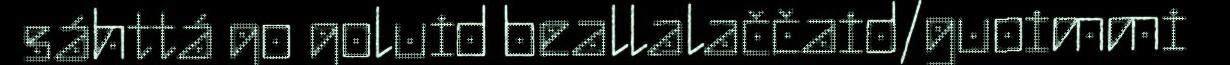
sáhttá go goluid beallalaččaid/guoimmi